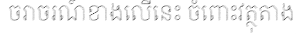
ចរាចរណ៍ខាងលើនេះ ចំពោះវត្ថុតាង